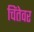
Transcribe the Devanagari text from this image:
चिंतेवर